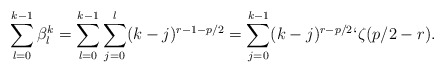
\begin{align*}\sum_{l=0}^{k-1} \beta^k_l = \sum_{l=0}^{k-1}\sum_{j=0}^l (k-j)^{r-1-p/2} = \sum_{j=0}^{k-1} (k-j)^{r-p/2} \lq \zeta(p/2-r).\end{align*}